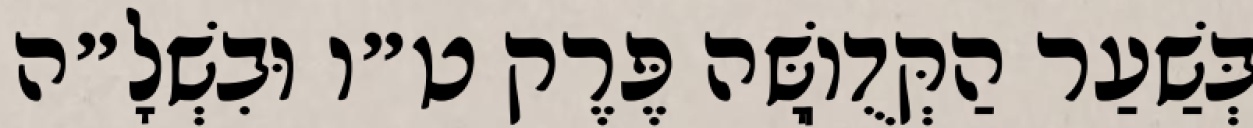
בְּשַׁעַר הַקְּדֻוֽשָּׁה פֶּרֶק ט״ו וּבִשְׁלָ״ה